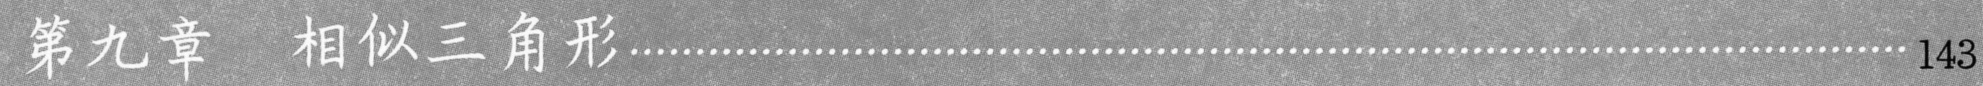
第九章  相似三角形…………………………………………………………………… 143